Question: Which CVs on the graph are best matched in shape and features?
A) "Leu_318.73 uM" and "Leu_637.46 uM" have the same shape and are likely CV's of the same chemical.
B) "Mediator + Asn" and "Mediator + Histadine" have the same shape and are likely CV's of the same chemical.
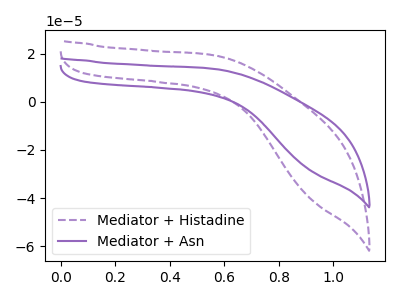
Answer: <think>The purple dashed curve "Mediator + Histadine" has no peaks. The purple curve "Mediator + Asn" has no peaks.
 Neither "Mediator + Histadine" or "Mediator + Asn" have any peaks.</think>
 <answer>B) "Mediator + Asn" and "Mediator + Histadine" have the same shape and are likely CV's of the same chemical.</answer>
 <eval>B</eval>